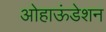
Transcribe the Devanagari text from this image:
ओहाऊंडेशन